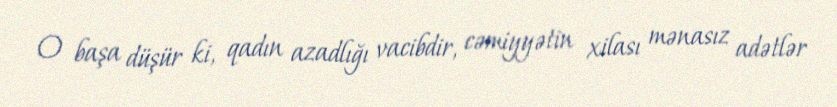
O başa düşür ki, qadın azadlığı vacibdir, cəmiyyətin xilası mənasız adətlər